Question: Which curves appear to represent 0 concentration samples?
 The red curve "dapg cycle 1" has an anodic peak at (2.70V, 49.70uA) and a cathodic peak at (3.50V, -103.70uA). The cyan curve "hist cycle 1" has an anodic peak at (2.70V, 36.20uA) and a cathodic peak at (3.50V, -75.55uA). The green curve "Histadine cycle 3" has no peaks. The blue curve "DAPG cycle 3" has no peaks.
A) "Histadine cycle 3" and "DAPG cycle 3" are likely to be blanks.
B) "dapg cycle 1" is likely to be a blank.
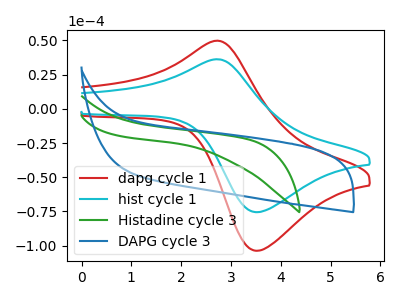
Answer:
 <answer>A) "Histadine cycle 3" and "DAPG cycle 3" are likely to be blanks.</answer>
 <eval>A</eval>